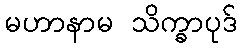
မဟာနာမ သိက္ခာပုဒ်